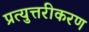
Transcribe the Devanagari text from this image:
प्रत्युत्तरीकरण